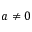
a \neq 0